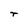
Character: r